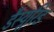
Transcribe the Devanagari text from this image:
डैस्यूरिड